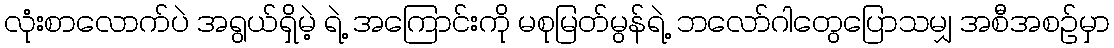
လုံးစာလောက်ပဲ အရွယ်ရှိမဲ့ ရဲ့ အကြောင်းကို မစုမြတ်မွန်ရဲ့ ဘလော်ဂါတွေပြောသမျှ အစီအစဉ်မှာ